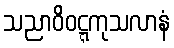
သညာဝိဝဋ္ဋကုသလာနံ